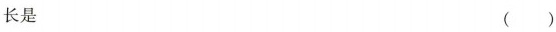
长是 ()